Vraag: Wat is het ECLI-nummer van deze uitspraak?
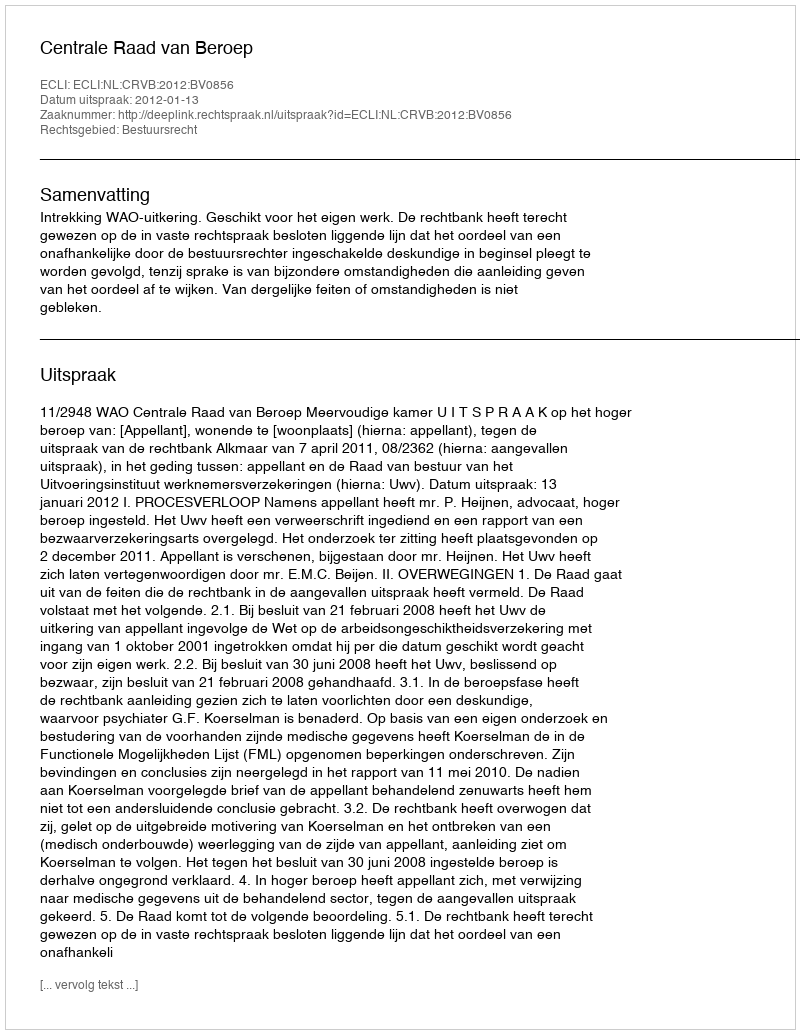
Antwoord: ECLI:NL:CRVB:2012:BV0856